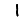
Digit: 1